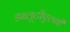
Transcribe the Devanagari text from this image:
डब्लूटीएलवी